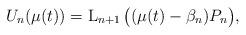
LaTeX: \begin{align*}U_n(\mu(t)) = \operatorname L_{n+1} \big( (\mu(t) - \beta_n) P_n \big) ,\end{align*}